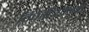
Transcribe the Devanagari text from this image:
विकटियोनरी